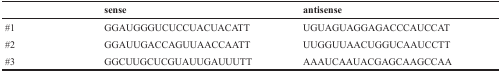
<table><thead><tr><td></td><td><b>Sense</b></td><td><b>antisense</b></td></tr></thead><tbody><tr><td>#1</td><td>GGAUGGGUCUCCUACUACATT</td><td>UGUAGUAGGAGACCCAUCCAT</td></tr><tr><td>#2</td><td>GGAUUGACCAGUUAACCAATT</td><td>UUGGUUAACUGGUCAAUCCTT</td></tr><tr><td>#3</td><td>GGCUUGCUCGUAUUGAUUUTT</td><td>AAAUCAAUACGAGCAAGCCAA</td></tr></tbody></table>